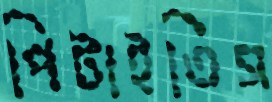
পিটাইতিস